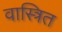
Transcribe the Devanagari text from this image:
वास्त्रित